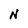
Character: N